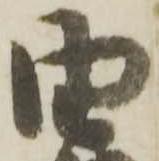
由